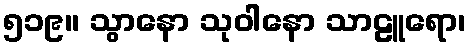
၅၁၉။ သွာနော သုဝါနော သာဠူရော၊